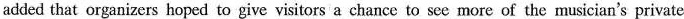
added that organizers hoped to give visitors a chance to see more of the musician's private